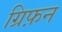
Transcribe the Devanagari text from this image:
ग्रिफ़न